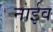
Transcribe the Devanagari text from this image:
नाईव